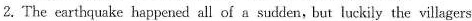
2.The earthquake happened all of a sudden, but luckily the villagers